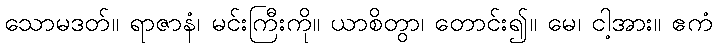
သောမဒတ်။ ရာဇာနံ၊ မင်းကြီးကို။ ယာစိတွာ၊ တောင်း၍။ မေ၊ ငါ့အား။ ဧကံ